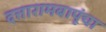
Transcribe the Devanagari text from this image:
दत्तारामबापूंचा